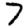
Digit: 7